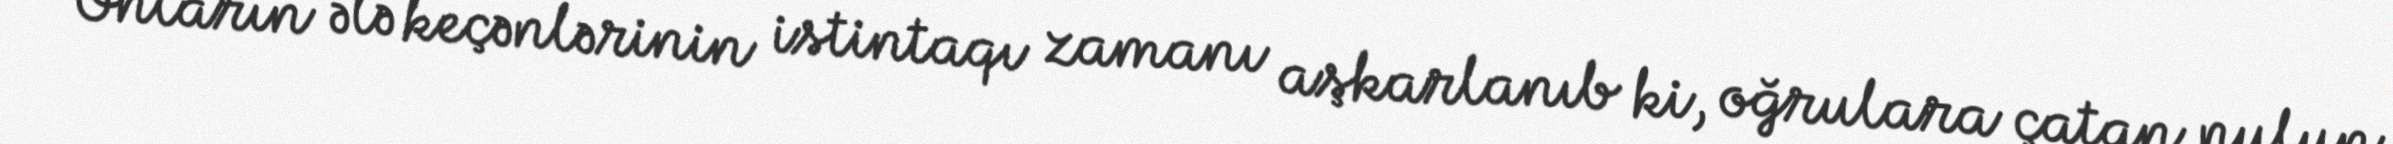
Onların ələ keçənlərinin istintaqı zamanı aşkarlanıb ki, oğrulara çatan pulun